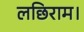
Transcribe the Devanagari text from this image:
लछिराम।